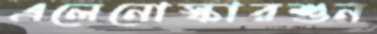
এলেনোস্কারশুন